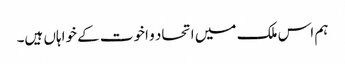
ہم اس ملک میں اتحاد و اخوت کے خواہاں ہیں۔